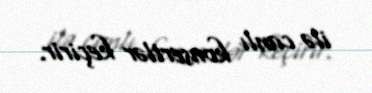
ilə canlı konsertlər keçirir.